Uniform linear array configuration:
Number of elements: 32
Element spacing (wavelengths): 0.25
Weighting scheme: hann
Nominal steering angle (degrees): -30
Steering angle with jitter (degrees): -29.197
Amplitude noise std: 0.05
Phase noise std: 0.05

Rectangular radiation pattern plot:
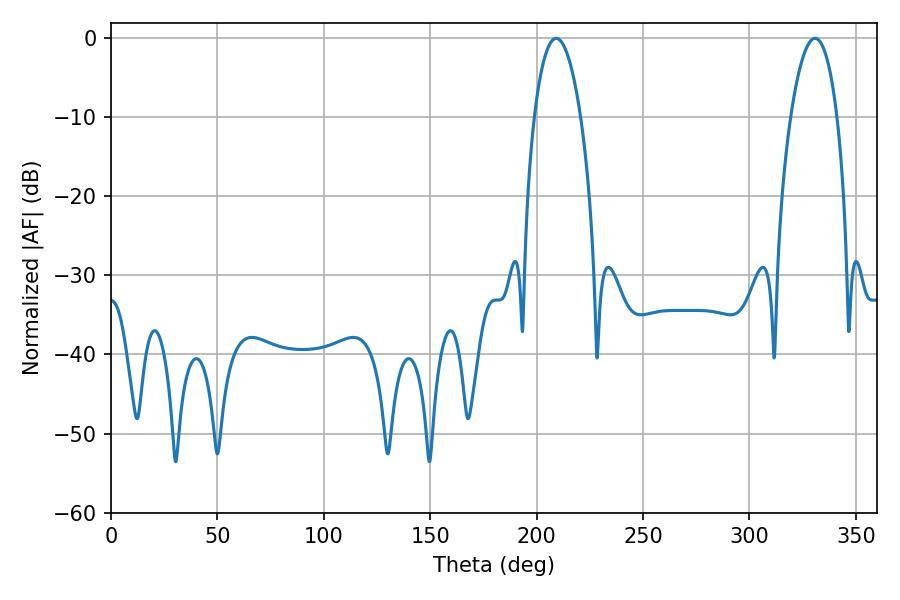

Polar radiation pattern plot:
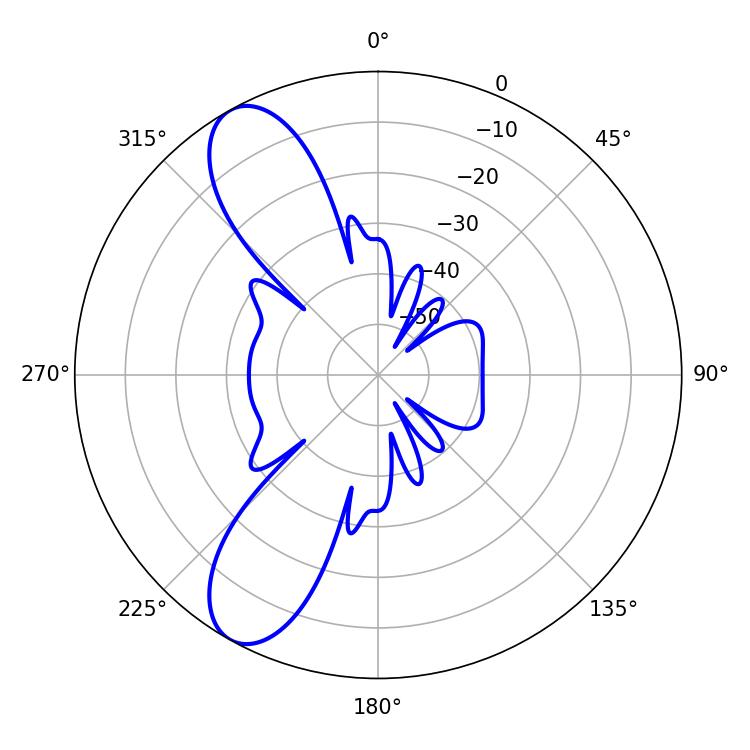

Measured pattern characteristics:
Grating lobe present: FALSE
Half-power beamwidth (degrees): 12.24
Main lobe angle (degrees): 209.16